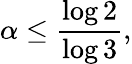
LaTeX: \alpha\leq{\frac{\log 2}{\log 3}},